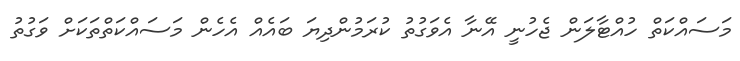
މަސައްކަތް ހުއްޓާލަން ޖެހުނީ އޭނާ އެވަގުތު ކުރަމުންދިޔަ ބައެއް އެހެން މަސައްކަތްތަކަށް ވަގުތު